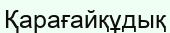
Қарағайқұдық